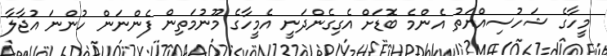
މީހާގެ ޝަހުސިއްޔަތު އެންމެ ބޮޑަށް އެގިގެންދަނީ އެމީހާގެ މޫނުމަތިން ފެންނަން ހުންނަ އުޖާލާ